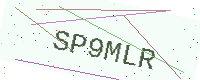
Text: SP9MLR